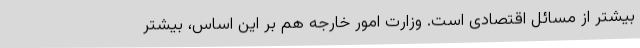
بیشتر از مسائل اقتصادی است. وزارت امور خارجه هم بر این اساس، بیشتر